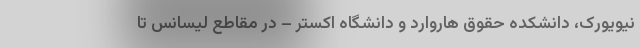
نیویورک، دانشکده حقوق هاروارد و دانشگاه اکستر – در مقاطع لیسانس تا